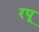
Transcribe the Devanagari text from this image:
रपू